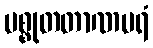
မစ္စုတတာဏပရံ